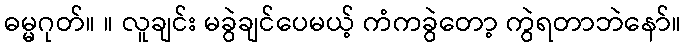
ဓမ္မဂုတ်။ ။ လူချင်း မခွဲချင်ပေမယ့် ကံကခွဲတော့ ကွဲရတာဘဲနော်။